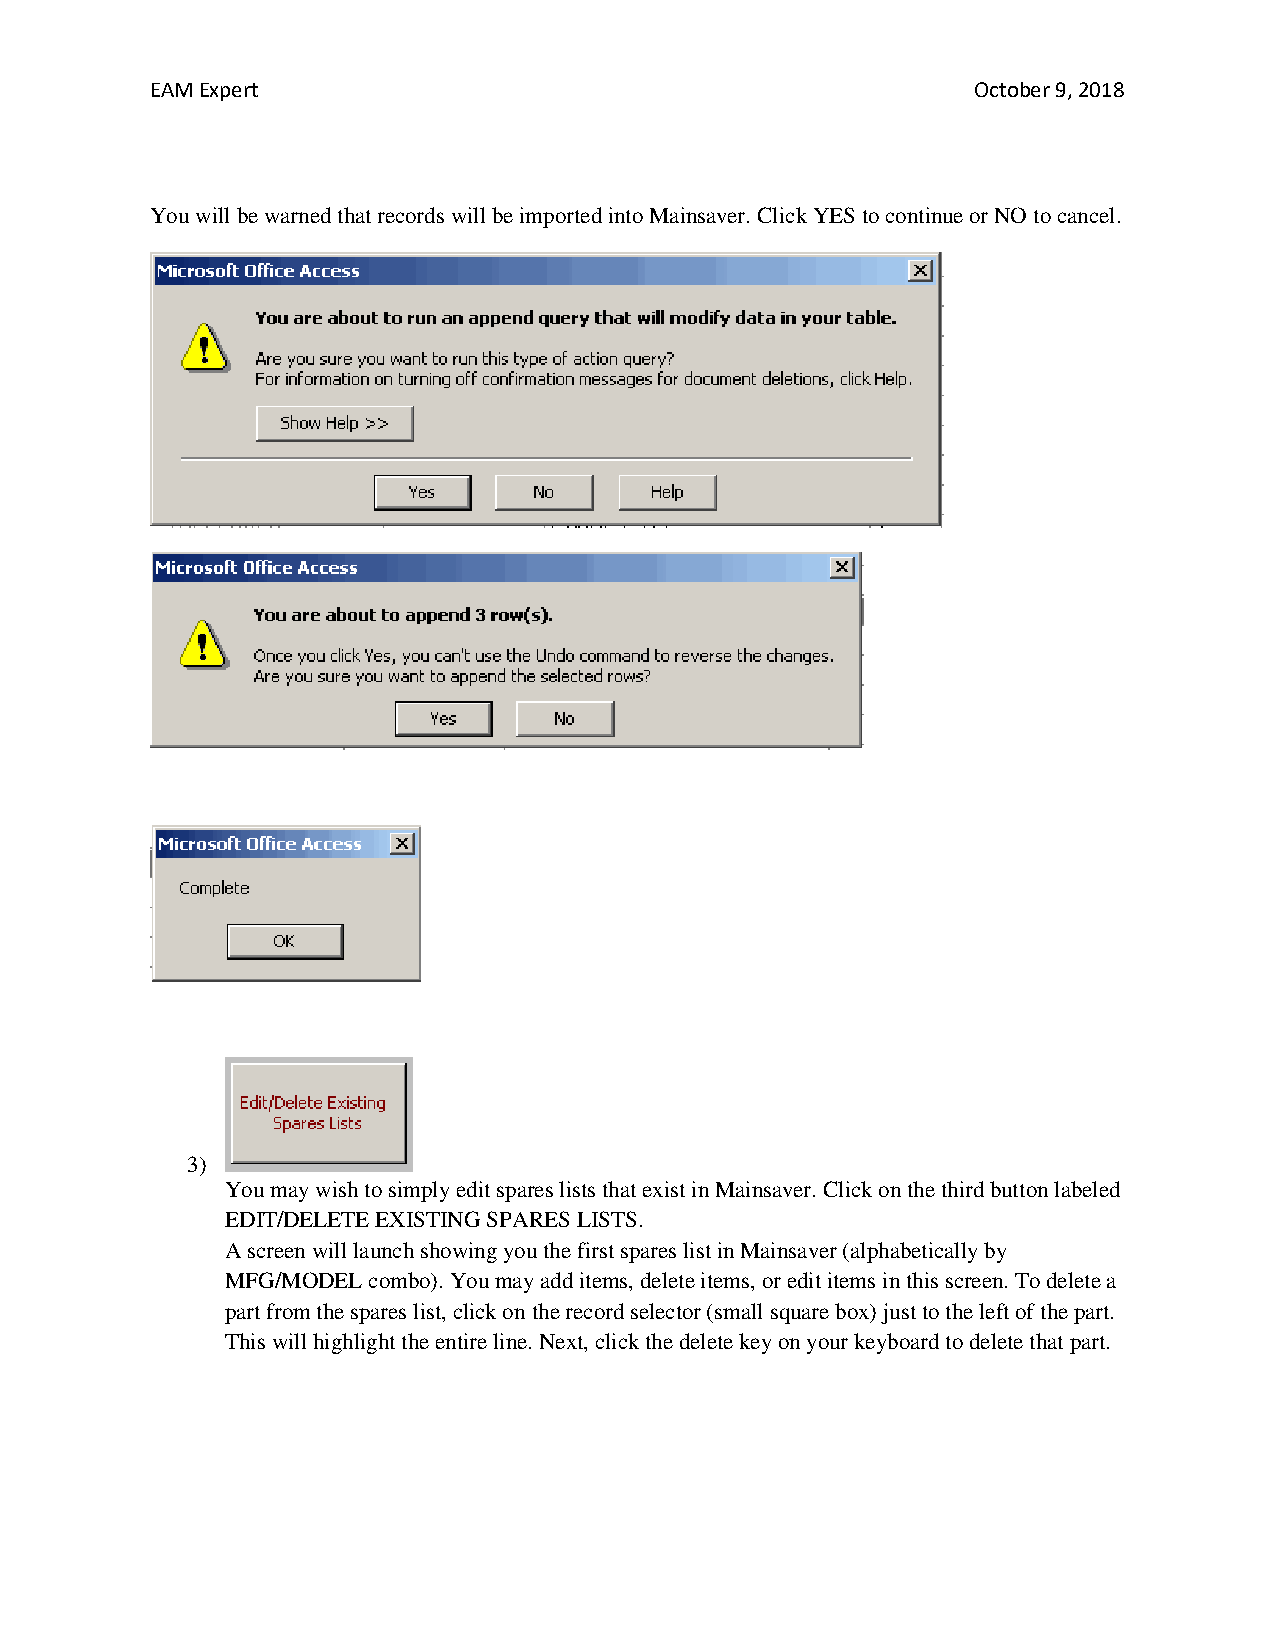
EAM Expert                                             October 9, 2018
 You will be warned that records will be imported into Mainsaver. Click YES to continue or NO to cancel.
 3)
 You may wish to simply edit spares lists that exist in Mainsaver. Click on the third button labeled
 EDIT/DELETE EXISTING SPARES LISTS.
 A screen will launch showing you the first spares list in Mainsaver (alphabetically by
 MFG/MODEL combo). You may add items, delete items, or edit items in this screen. To delete a
 part from the spares list, click on the record selector (small square box) just to the left of the part.
 This will highlight the entire line. Next, click the delete key on your keyboard to delete that part.